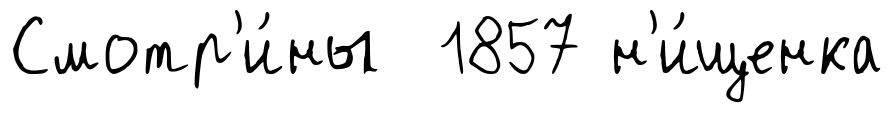
Смотр'и́ны 1857 н'и́щенка